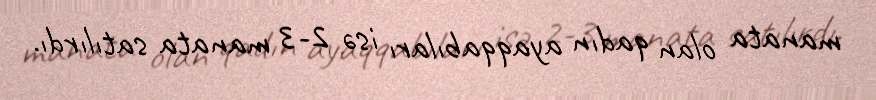
manata olan qadın ayaqqabıları isə 2-3 manata satılırdı.